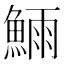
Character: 𬵗